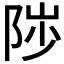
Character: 𱀒